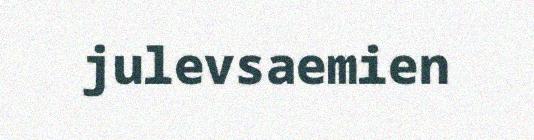
julevsaemien